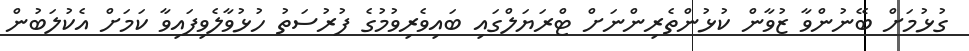
ގުޅުމަށް ބޭނުންވާ ޒުވާން ކުޅުންތެރިންނަށް ޓްރަޔަލްގައި ބައިވެރިވުމުގެ ފުރުސަތު ހުޅުވާލެވިފައިވާ ކަމަށް އެކުލަބުން